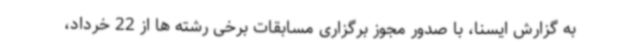
به گزارش ایسنا، با صدور مجوز برگزاری مسابقات برخی رشته ها از 22 خرداد،